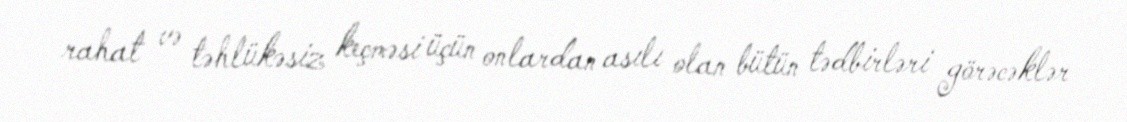
rahat və təhlükəsiz keçməsi üçün onlardan asılı olan bütün tədbirləri görəcəklər